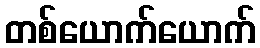
တစ်ယောက်ယောက်